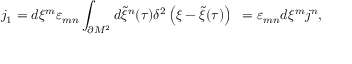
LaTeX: j _ { 1 } = d \xi ^ { m } \varepsilon _ { m n } \int _ { \partial { \cal M } ^ { 2 } } d { \tilde { \xi } } ^ { n } ( \tau ) \delta ^ { 2 } \left( \xi - { \tilde { \xi } } ( \tau ) \right) ~ = \varepsilon _ { m n } d \xi ^ { m } j ^ { n } , \qquad